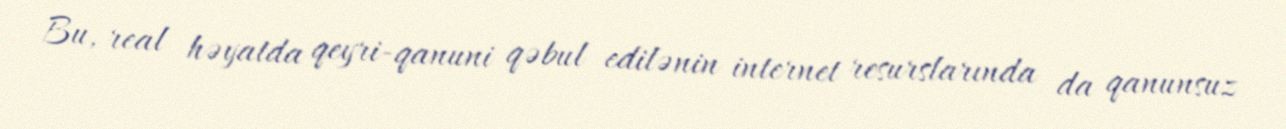
Bu, real həyatda qeyri-qanuni qəbul edilənin internet resurslarında da qanunsuz